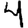
Digit: 4